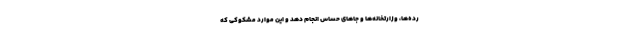
رده‌ها، وزارتخانه‌ها و جاهای حساس انجام دهد و این موارد مشکوکی که